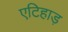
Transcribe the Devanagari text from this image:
एटिहाड़